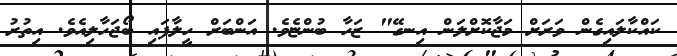
ކައްކާލައިގެން ވަރަށް މަޖާކޮށްލަން އިނގޭ" ޒަހާ ބުންޏެވެ. އަންބަރް ހީލާފައި ބޯޖަހާލިއެވެ. އިތުރު